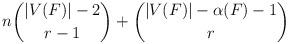
LaTeX: \begin{align*}n \binom{ |V(F)| - 2}{r-1} + \binom{ |V(F)| - \alpha (F) - 1 } {r}\end{align*}